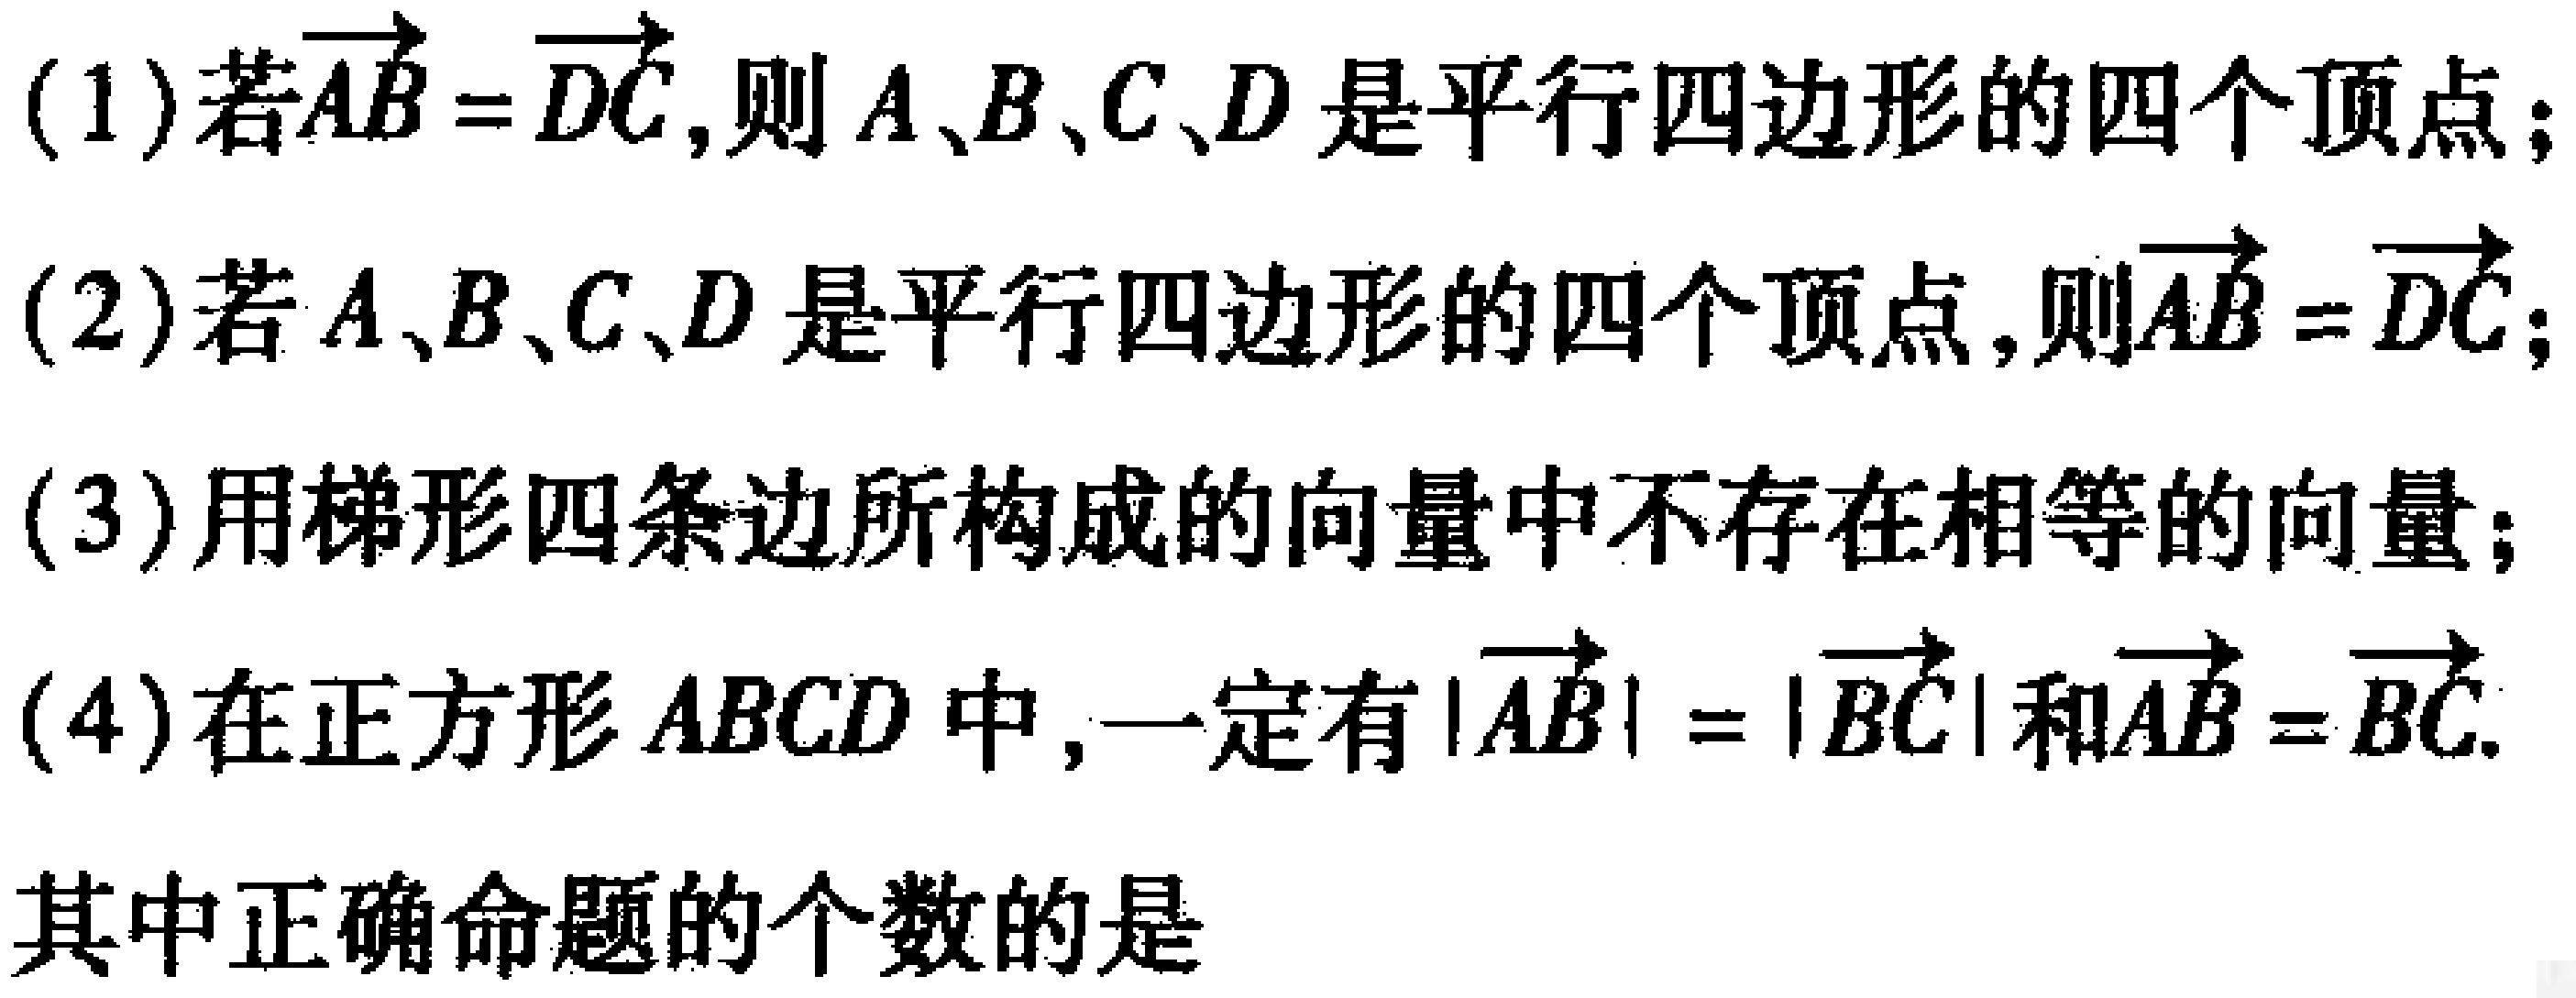
(1)若\(\overrightarrow{AB}=\overrightarrow{DC}\),则\(A、B、C、D\)是平行四边形的四个顶点；
(2)若\(A、B、C、D\)是平行四边形的四个顶点,则\(\overrightarrow{AB}=\overrightarrow{DC}\)；
(3)用梯形四条边所构成的向量中不存在相等的向量；
(4)在正方形\(ABCD\)中,一定有\(|\overrightarrow{AB}| = |\overrightarrow{BC}|\)和\(\overrightarrow{AB}=\overrightarrow{BC}\).
其中正确命题的个数的是